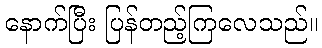
နောက်ပြီး ပြန်တည့်ကြလေသည်။